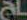
اح